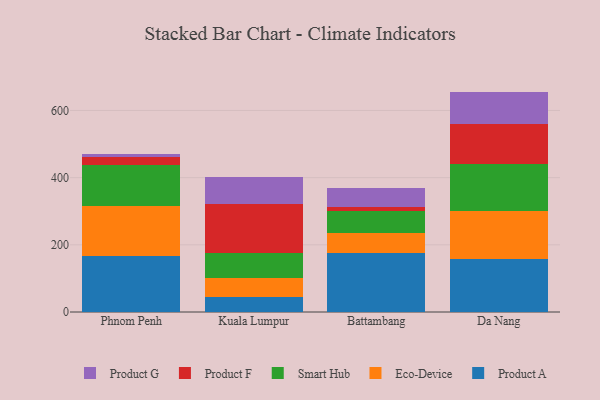
{"axis": {"x": "City", "y": "Market Share (%)"}, "legend": ["Eco-Device", "Product A", "Product F", "Product G", "Smart Hub"], "data": [{"x": "Phnom Penh", "y": 166.8, "type": "Product A"}, {"x": "Phnom Penh", "y": 147.9, "type": "Eco-Device"}, {"x": "Phnom Penh", "y": 121.5, "type": "Smart Hub"}, {"x": "Phnom Penh", "y": 25.8, "type": "Product F"}, {"x": "Phnom Penh", "y": 9.3, "type": "Product G"}, {"x": "Kuala Lumpur", "y": 44.4, "type": "Product A"}, {"x": "Kuala Lumpur", "y": 57.5, "type": "Eco-Device"}, {"x": "Kuala Lumpur", "y": 74.1, "type": "Smart Hub"}, {"x": "Kuala Lumpur", "y": 144.2, "type": "Product F"}, {"x": "Kuala Lumpur", "y": 81.3, "type": "Product G"}, {"x": "Battambang", "y": 175.0, "type": "Product A"}, {"x": "Battambang", "y": 58.8, "type": "Eco-Device"}, {"x": "Battambang", "y": 67.9, "type": "Smart Hub"}, {"x": "Battambang", "y": 11.7, "type": "Product F"}, {"x": "Battambang", "y": 56.6, "type": "Product G"}, {"x": "Da Nang", "y": 158.3, "type": "Product A"}, {"x": "Da Nang", "y": 142.0, "type": "Eco-Device"}, {"x": "Da Nang", "y": 140.6, "type": "Smart Hub"}, {"x": "Da Nang", "y": 120.1, "type": "Product F"}, {"x": "Da Nang", "y": 95.1, "type": "Product G"}]}